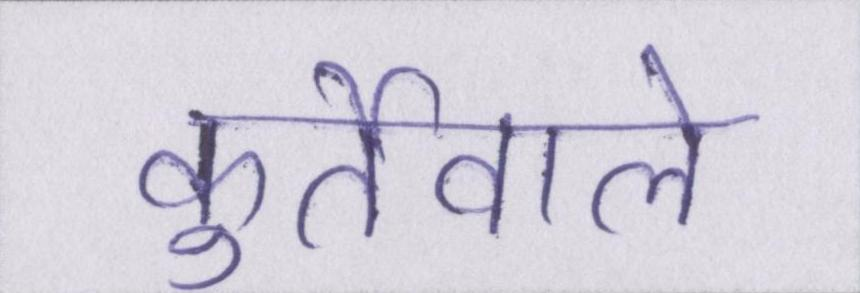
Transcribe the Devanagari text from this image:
कुर्तेवाले